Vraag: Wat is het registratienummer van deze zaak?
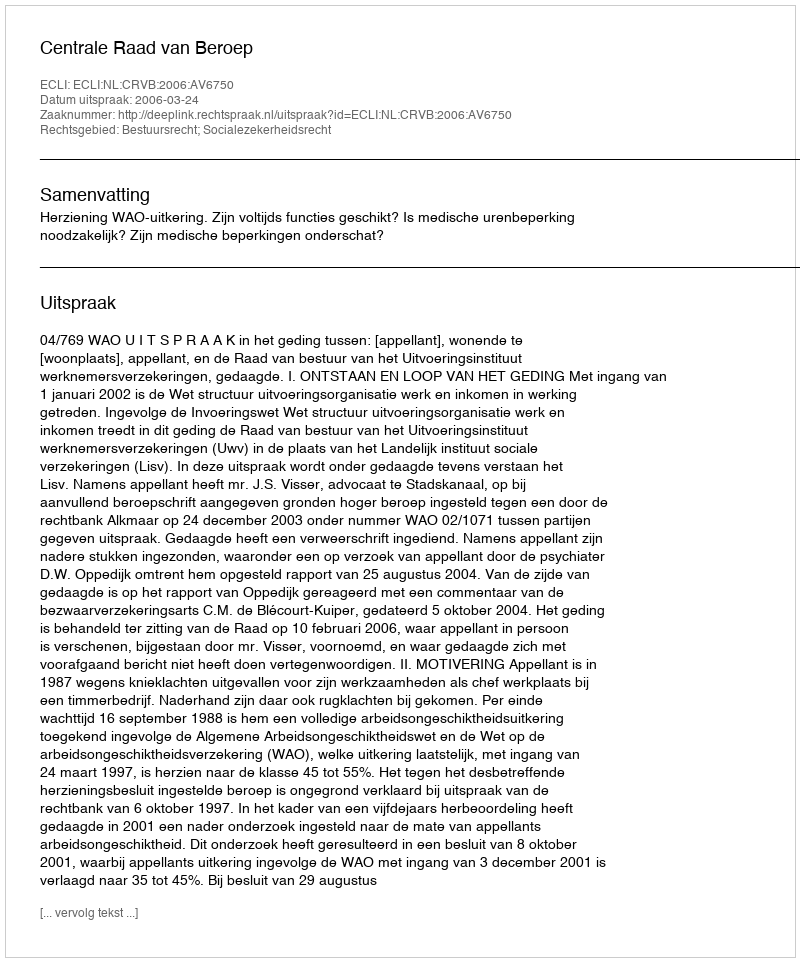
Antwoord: http://deeplink.rechtspraak.nl/uitspraak?id=ECLI:NL:CRVB:2006:AV6750